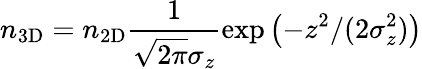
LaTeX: n_{\mathrm{3D}}=n_{\mathrm{2D}}\frac{1}{\sqrt{2\pi}\sigma_{z}}\exp\left(-z^{2}/(2\sigma_{z}^{2})\right)